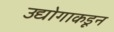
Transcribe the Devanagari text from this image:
उद्योगाकडून